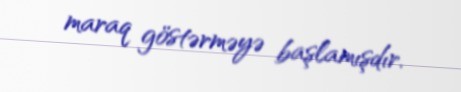
maraq göstərməyə başlamışdır.